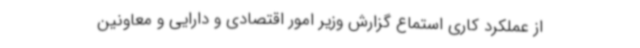
از عملکرد کاری استماع گزارش وزیر امور اقتصادی و دارایی و معاونین